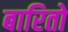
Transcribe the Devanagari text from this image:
बारितो